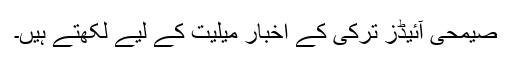
صیمحی آئیڈز ترکی کے اخبار میلیت کے لیے لکھتے ہیں۔